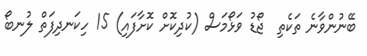
ބޭނުންވާނެ ތަކެތި  ޖޯޑު ވަޅޯމަސް (ކުދިކޮށް ކޮށާފައި) 15 ހިކަނދިފަތް ލުނބޯ